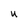
Character: u